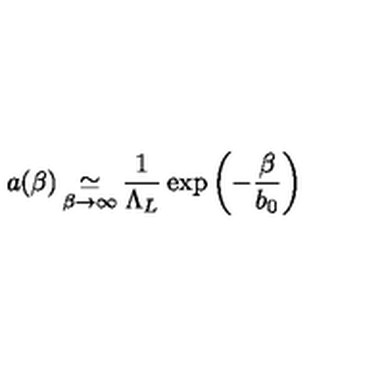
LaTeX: a ( \beta ) \mathop \simeq _ { \beta \to \infty } \frac { 1 } { \Lambda _ { L } } \exp \left( - \frac { \beta } { b _ { 0 } } \right)